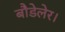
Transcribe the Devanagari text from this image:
बौडेलेर।